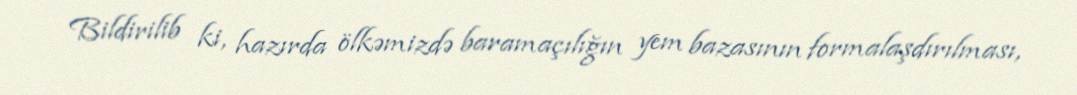
Bildirilib ki, hazırda ölkəmizdə baramaçılığın yem bazasının formalaşdırılması,